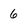
Character: 6